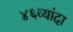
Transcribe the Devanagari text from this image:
४६व्यांदा